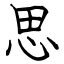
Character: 思